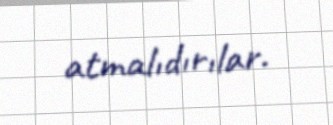
atmalıdırılar.